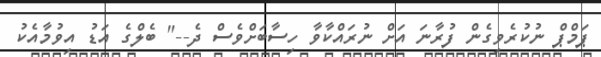
ޕަމްޕް ނުކުރެވިގެން ފުރާނަ އަށް ނުރައްކާވާ ހިސާބަށްވެސް ދެ--" ބެލްގެ އަޑު އިވުމާއެކު